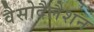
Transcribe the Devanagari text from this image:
वैसोदैलैशन